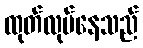
ထုတ်လုပ်နေသည်